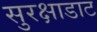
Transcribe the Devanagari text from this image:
सुरक्षाडाट